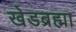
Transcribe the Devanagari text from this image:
खेडब्रह्मा